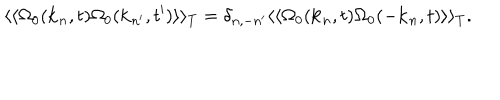
\langle \langle \Omega _ { 0 } ( { \bf k } _ { n } , t ) \Omega _ { 0 } ( { \bf k } _ { n ^ { \prime } } , t ^ { \prime } ) \rangle \rangle _ { T } = \delta _ { n , - n ^ { \prime } } \langle \langle \Omega _ { 0 } ( { \bf k } _ { n } , t ) \Omega _ { 0 } ( - { \bf k } _ { n } , t ) \rangle \rangle _ { T } .